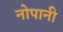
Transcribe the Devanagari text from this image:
नोपानी